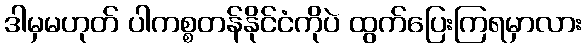
ဒါမှမဟုတ် ပါကစ္စတန်နိုင်ငံကိုပဲ ထွက်ပြေးကြရမှာလား